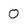
Character: 0